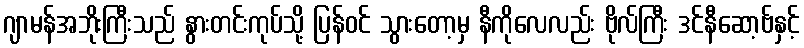
ဂျာမန်အဘိုးကြီးသည် နွားတင်းကုပ်သို့ ပြန်ဝင် သွားတော့မှ နီကိုလေလည်း ဗိုလ်ကြီး ဒင်နီဆော့ဗ်နှင့်